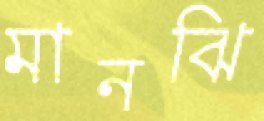
মানঝি